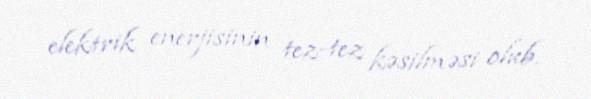
elektrik enerjisinin tez-tez kəsilməsi olub.